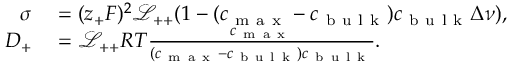
\begin{array} { r l } { \sigma } & { { } = ( z _ { + } F ) ^ { 2 } \mathcal { L _ { + + } } ( 1 - ( c _ { \mathrm { ~ m ~ a ~ x ~ } } - c _ { \mathrm { ~ b ~ u ~ l ~ k ~ } } ) c _ { \mathrm { ~ b ~ u ~ l ~ k ~ } } \Delta \nu ) , } \\ { D _ { + } } & { { } = \mathcal { L _ { + + } } R T \frac { c _ { \mathrm { ~ m ~ a ~ x ~ } } } { ( c _ { \mathrm { ~ m ~ a ~ x ~ } } - c _ { \mathrm { ~ b ~ u ~ l ~ k ~ } } ) c _ { \mathrm { ~ b ~ u ~ l ~ k ~ } } } . } \end{array}